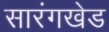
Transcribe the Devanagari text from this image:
सारंगखेड